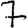
Digit: 7